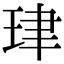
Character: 珒